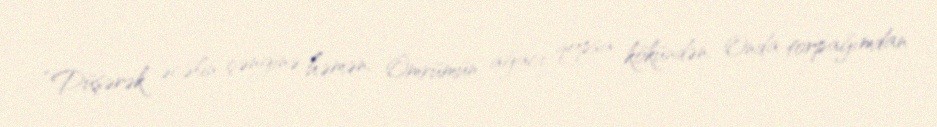
“Düşərək əcəlin çənginə həmən, Ömrümün ağacı qopsa kökündən, Onda torpağımdan